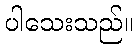
ပါသေးသည်။